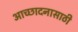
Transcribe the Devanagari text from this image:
आच्छादनासाठी